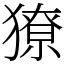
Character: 獠